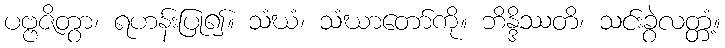
ပဗ္ဗဇိတွာ၊ ရဟန်းပြု၍။ သံဃံ၊ သံဃာတော်ကို။ ဘိန္ဒိဿတိ၊ သင်းခွဲလတ္တံ့။